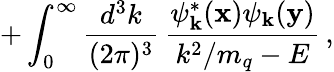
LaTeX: +\int_{0}^{\infty}{\frac{d^{3}k}{(2\pi)^{3}}}\, {\frac{\psi_{\mathbf k}^{*}({\mathbf x})\psi_{\mathbf k}({\mathbf y})}{k^{2}/m_{q}-E}}\, ,